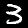
Digit: 3